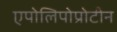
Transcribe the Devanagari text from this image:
एपोलिपोप्रोटीन